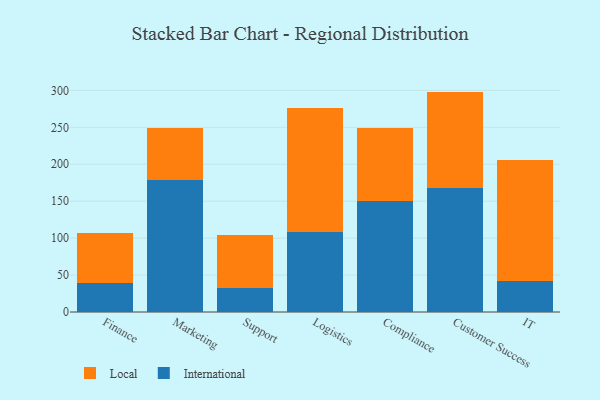
{"axis": {"x": "Department", "y": "Backlog"}, "legend": ["International", "Local"], "data": [{"x": "Finance", "y": 39.8, "type": "International"}, {"x": "Finance", "y": 67.4, "type": "Local"}, {"x": "Marketing", "y": 178.2, "type": "International"}, {"x": "Marketing", "y": 71.4, "type": "Local"}, {"x": "Support", "y": 32.1, "type": "International"}, {"x": "Support", "y": 71.9, "type": "Local"}, {"x": "Logistics", "y": 107.7, "type": "International"}, {"x": "Logistics", "y": 169.1, "type": "Local"}, {"x": "Compliance", "y": 150.5, "type": "International"}, {"x": "Compliance", "y": 98.7, "type": "Local"}, {"x": "Customer Success", "y": 168.5, "type": "International"}, {"x": "Customer Success", "y": 129.9, "type": "Local"}, {"x": "IT", "y": 42.3, "type": "International"}, {"x": "IT", "y": 163.2, "type": "Local"}]}